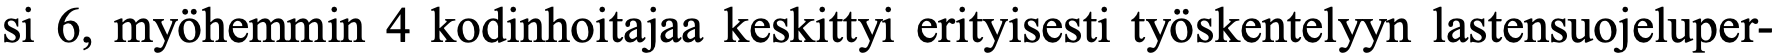
si 6, myöhemmin 4 kodinhoitajaa keskittyi erityisesti työskentelyyn lastensuojeluper-